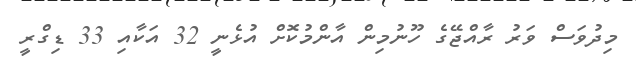
މިދުވަސް ވަރު ރާއްޖޭގެ ހޫނުމިން އާންމުކޮށް އުޅެނީ 32 އަކާއި 33 ޑިގްރީ